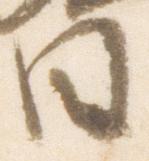
日